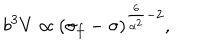
{ b ^ { 3 } V \propto ( \sigma _ { f } - \sigma ) ^ { \frac { 6 } { \alpha ^ { 2 } } - 2 } , }